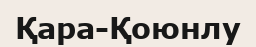
Қара-Қоюнлу